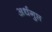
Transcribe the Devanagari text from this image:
अर्धगुप्त